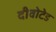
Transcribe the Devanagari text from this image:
दीवोटेड